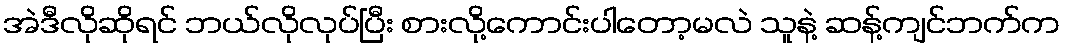
အဲဒီလိုဆိုရင် ဘယ်လိုလုပ်ပြီး စားလို့ကောင်းပါတော့မလဲ သူနဲ့ ဆန့်ကျင်ဘက်က